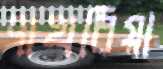
পাথরিয়া